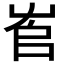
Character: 𡴎